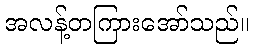
အလန့်တကြားအော်သည်။